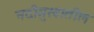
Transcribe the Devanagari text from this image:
नदीमुखातील